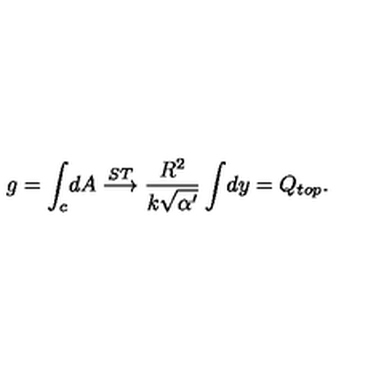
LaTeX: g = \int _ { c } \! d A \stackrel { S T } { \longrightarrow } \frac { R ^ { 2 } } { k \sqrt { \alpha ^ { \prime } } } \int \! d y = Q _ { t o p } .